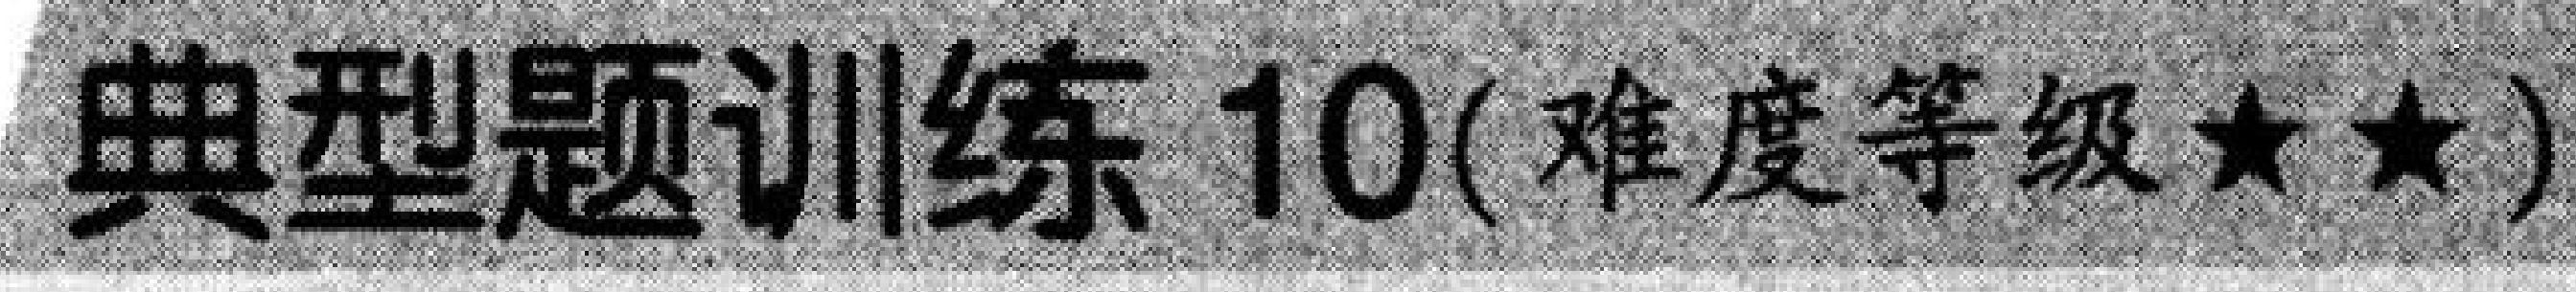
典型题训练 10(难度等级$\star\star$)